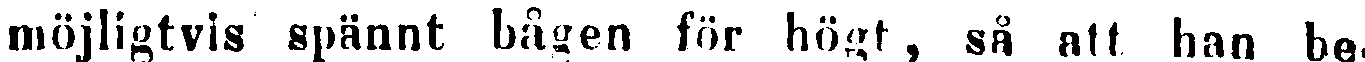
möjligtvis spännt bågen för högt, så att han be-